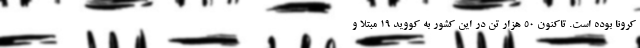
کرونا بوده است. تاکنون ۵۰ هزار تن در این کشور به کووید ۱۹ مبتلا و